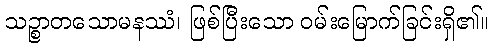
သဉ္စာတသောမနဿံ၊ ဖြစ်ပြီးသော ဝမ်းမြောက်ခြင်းရှိ၏။